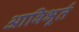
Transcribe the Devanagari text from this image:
आविभूर्त